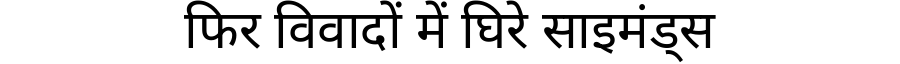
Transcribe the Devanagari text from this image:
फिर विवादों में घिरे साइमंड्स